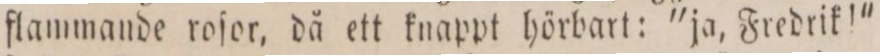
flammande roſor, då ett knappt hörbart: "ja, Fredrik!"